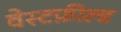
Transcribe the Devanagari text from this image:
वेस्टफ़ील्ड